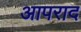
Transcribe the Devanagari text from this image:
आपराद